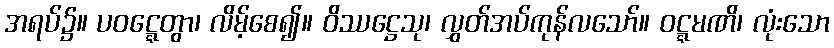
အရပ်၌။ ပဝဋ္ဋေတွာ၊ လိမ့်စေ၍။ ဝိဿဋ္ဌေသု၊ လွှတ်အပ်ကုန်လသော်။ ဝဋ္ဋမဏိ၊ လုံးသော